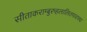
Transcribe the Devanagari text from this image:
सीताकराम्बुरुहलालितपादपद्म